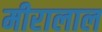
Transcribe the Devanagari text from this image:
मीरालाल